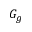
G _ { g }